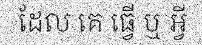
ដែល គេ ធ្វើ ឬ អ្វី